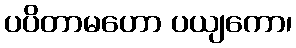
ပပိတာမဟော ပယျကော၊